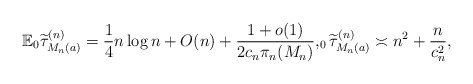
\begin{align*} \mathbb{E}_0\widetilde{\tau}^{(n)}_{M_n(a)}=\frac{1}{4}n\log n+O(n)+\frac{1+o(1)}{2c_n\pi_n(M_n)}, _0\widetilde{\tau}^{(n)}_{M_n(a)}\asymp n^2+\frac{n}{c_n^2},\end{align*}